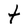
Character: t